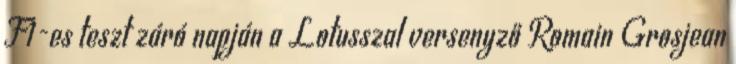
F1-es teszt záró napján a Lotusszal versenyző Romain Grosjean